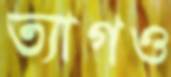
ত্যাগও